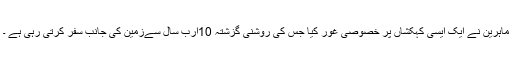
ماہرین نے ایک ایسی کہکشاں پر خصوصی غور کیا جس کی روشنی گزشتہ 10ارب سال سےزمین کی جانب سفر کرتی رہی ہے ۔